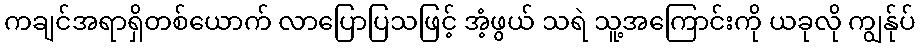
ကချင်အရာရှိတစ်ယောက် လာပြောပြသဖြင့် အံ့ဖွယ် သရဲ သူ့အကြောင်းကို ယခုလို ကျွန်ုပ်